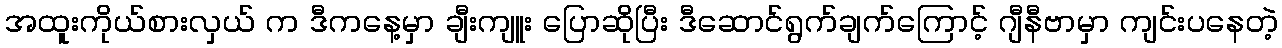
အထူးကိုယ်စားလှယ် က ဒီကနေ့မှာ ချီးကျူး ပြောဆိုပြီး ဒီဆောင်ရွက်ချက်ကြောင့် ဂျီနီဗာမှာ ကျင်းပနေတဲ့